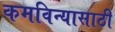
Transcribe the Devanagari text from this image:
कमविन्यासाठी